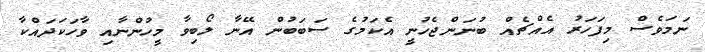
ނަމަވެސް މިފަހަރު އެއްޗެއް ބުނަންޖެހުނީ އެކަމުގެ ސަބަބުން އޭނާ ލޯބިވާ މީހުންނާއި ވާހަކަދައްކާ